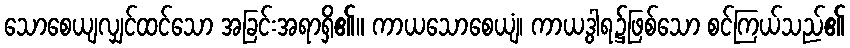
သောစေယျလျှင်ထင်သော အခြင်းအရာရှိ၏။ ကာယသောစေယျံ၊ ကာယဒွါရ၌ဖြစ်သော စင်ကြယ်သည်၏